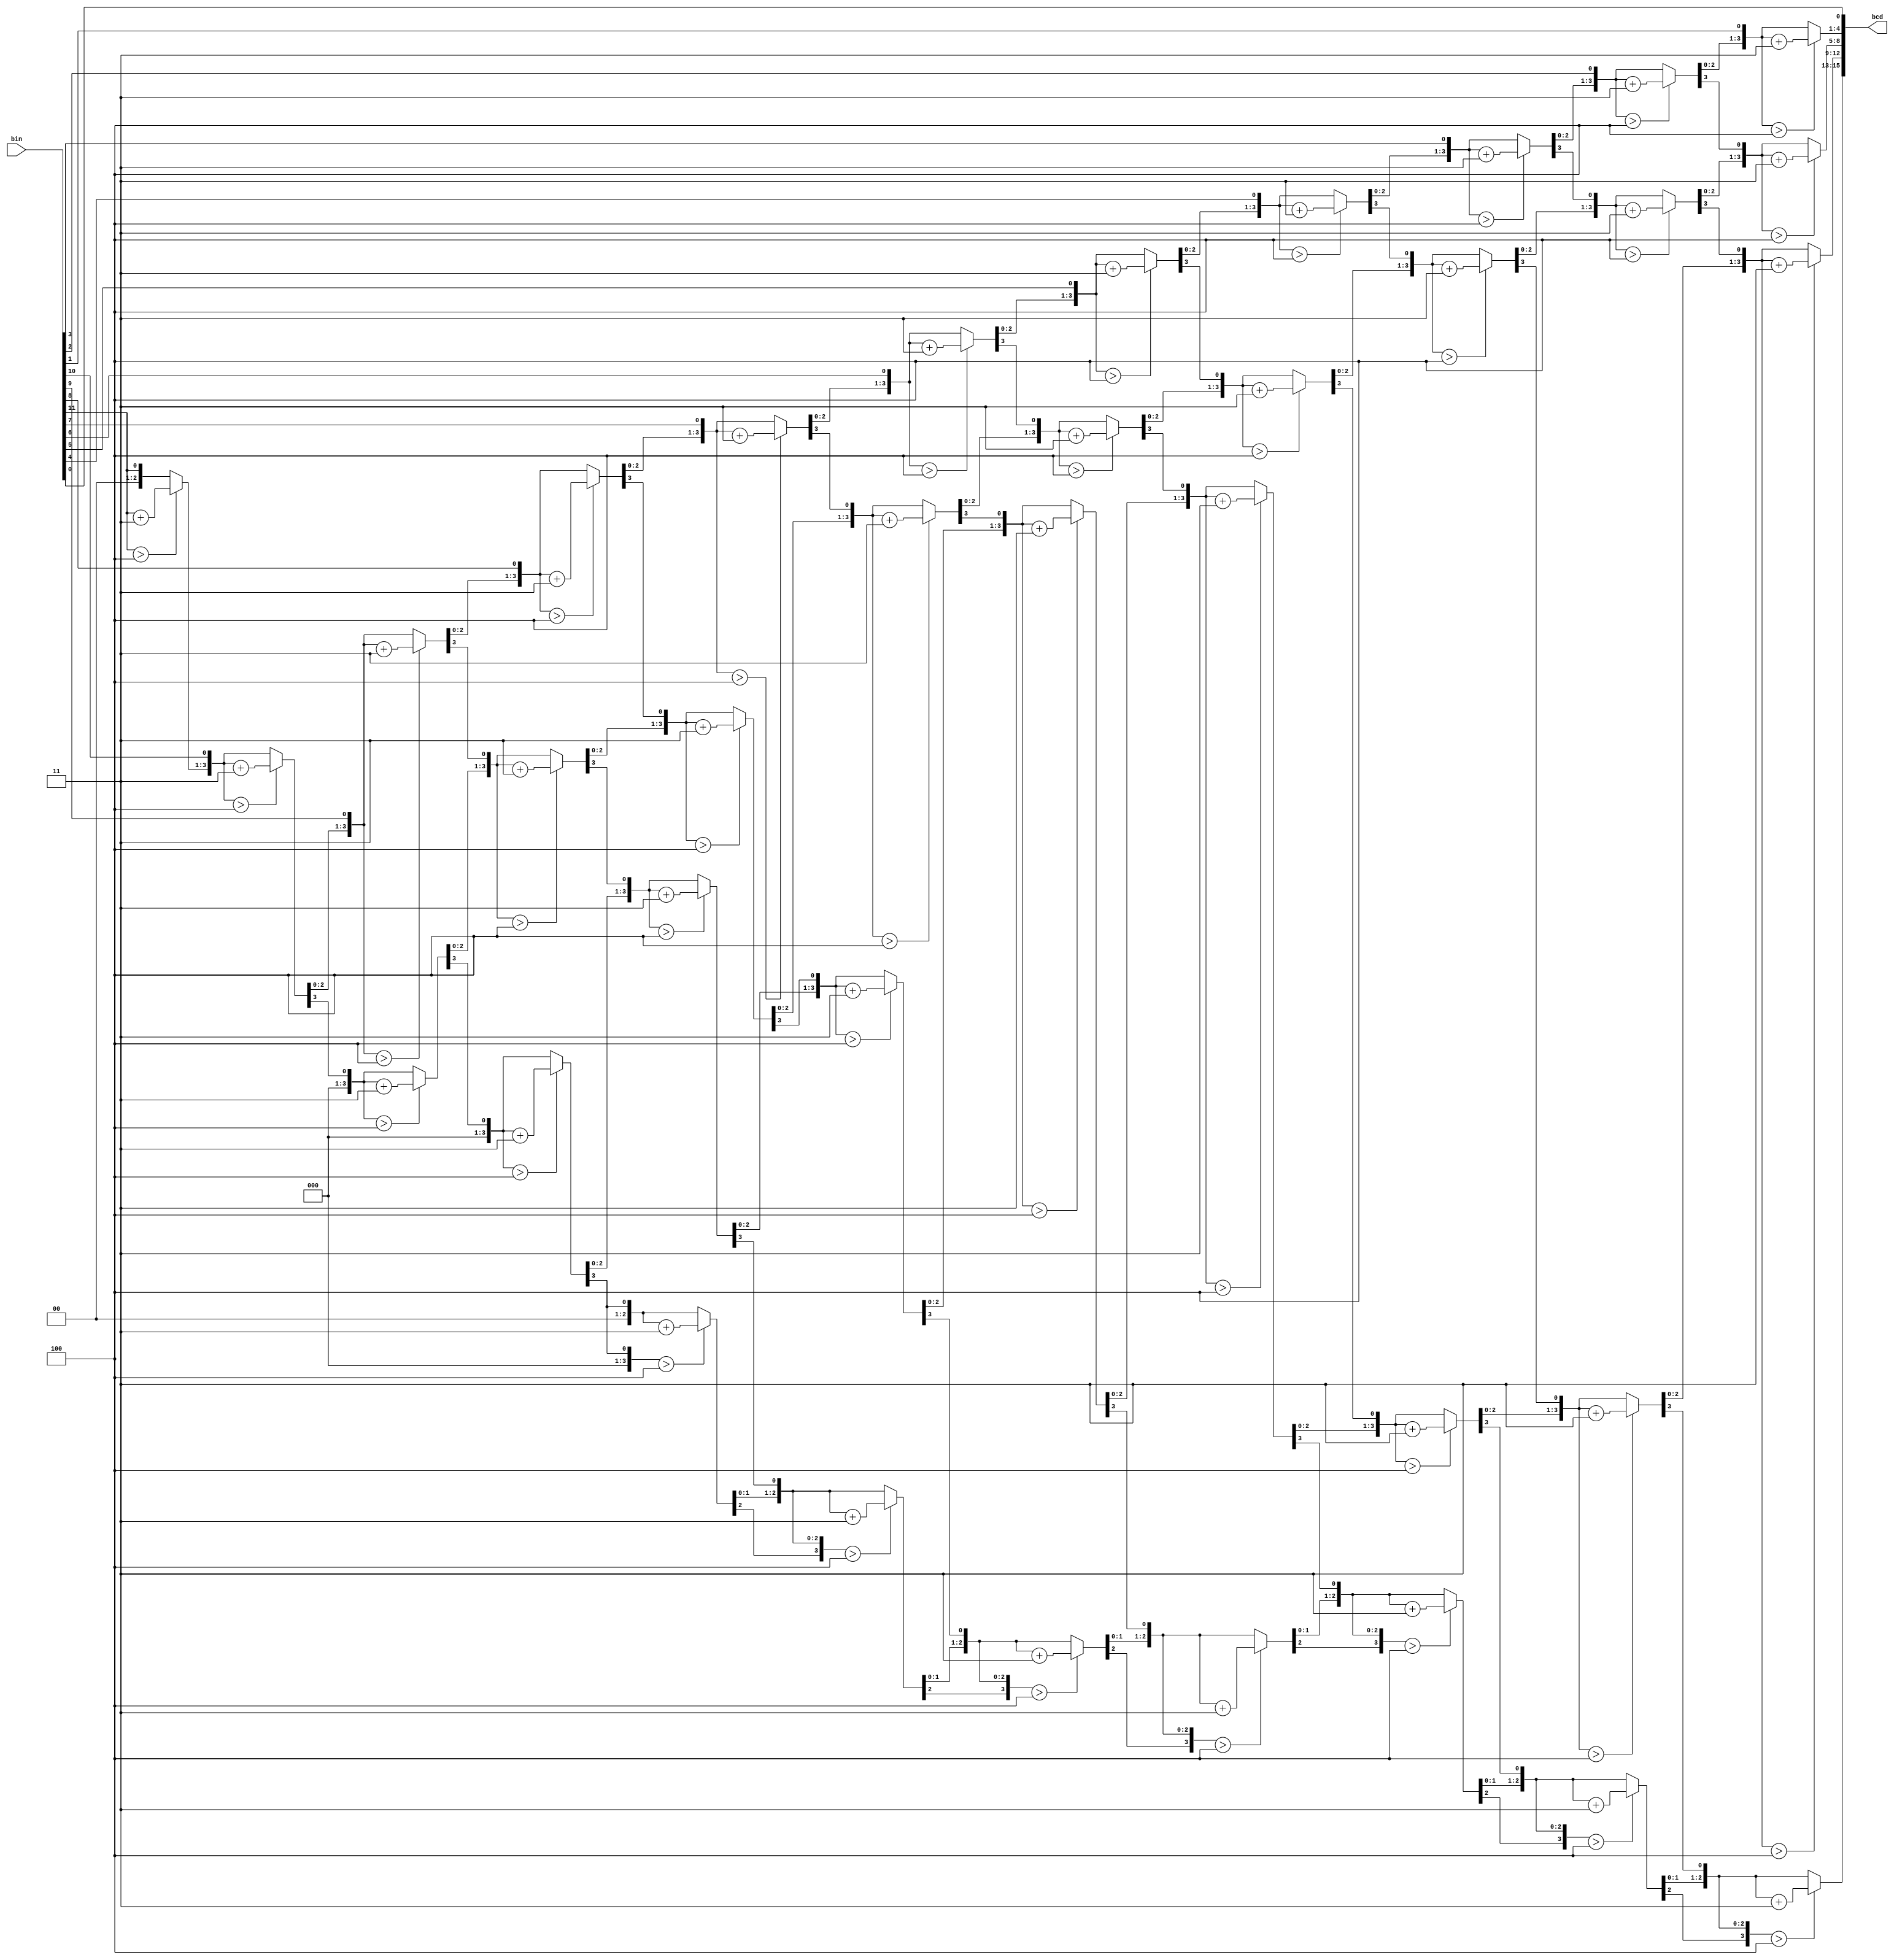
module BCDEncoder(bin, bcd);

input [11:0] bin;
output reg[15:0] bcd;
reg [11:0] i;   
     
//Always block - implement the Double Dabble algorithm
always @(bin)
   begin
     bcd = 16'b0; //initialize bcd to zero.
       for (i = 12'd0; i < 12'd12; i = i+12'd1) //run for 12 iterations
         begin
           bcd = {bcd[14:0],bin[11-i]}; //concatenation
                  
           //if a hex digit of 'bcd' is more than 4, add 3 to it.  
             if(i < 6'd11 && bcd[3:0] > 4) 
                bcd[3:0] = bcd[3:0] + 4'd3;
             if(i < 6'd11 && bcd[7:4] > 4)
                bcd[7:4] = bcd[7:4] + 4'd3;
             if(i < 6'd11 && bcd[11:8] > 4)
                bcd[11:8] = bcd[11:8] + 4'd3; 
				 if(i < 6'd11 && bcd[15:12] > 4)
					 bcd[15:12] = bcd[15:12] + 4'd3;
         end
     end     
                
endmodule